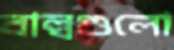
বাল্বগুলো